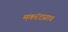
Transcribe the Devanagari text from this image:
मकरंदस्राव